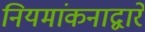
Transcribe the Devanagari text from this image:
नियमांकनाद्वारे